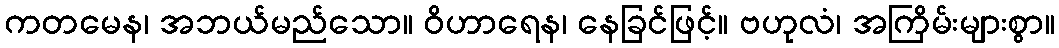
ကတမေန၊ အဘယ်မည်သော။ ဝိဟာရေန၊ နေခြင်ဖြင့်။ ဗဟုလံ၊ အကြိမ်းများစွာ။